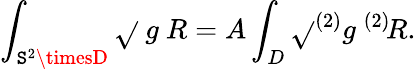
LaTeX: \int_{\mathtt{S}^{2}\timesD}\sqrt{}{{\ g}}\ R=A\int_{D}\sqrt{}{{^{(2)}g}}\ ^{(2)}\! R.